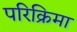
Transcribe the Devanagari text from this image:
परिक्रिमा